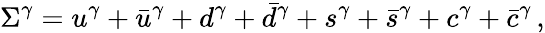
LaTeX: \Sigma^{\gamma}=u^{\gamma}+\bar{u}^{\gamma}+d^{\gamma}+\bar{d}^{\gamma}+s^{\gamma}+\bar{s}^{\gamma}+c^{\gamma}+\bar{c}^{\gamma}\, ,